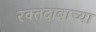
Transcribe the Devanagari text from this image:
रक्तदाबाच्या